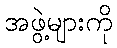
အဖွဲ့များကို